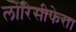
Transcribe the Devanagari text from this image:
लोरिसीफेरा।